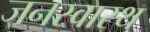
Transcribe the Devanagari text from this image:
जनस्वास्थ